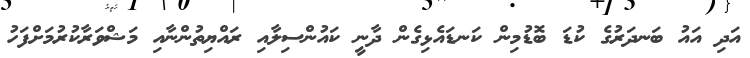
އަދި އައު ބަނދަރުގެ ކުޑަ ބޮޑުމިން ކަނޑައެޅިގެން ދާނީ ކައުންސިލާއި ރައްޔިތުންނާއި މަޝްވަރާކުރުމަށްފަހު